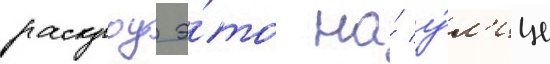
раскроу э́то на́ у́л'ице